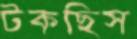
টকছিস